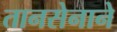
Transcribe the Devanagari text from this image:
तानसेनाने